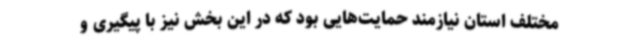
مختلف استان نیازمند حمایت‌هایی بود که در این بخش نیز با پیگیری و